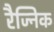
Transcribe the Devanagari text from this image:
रैज्निक